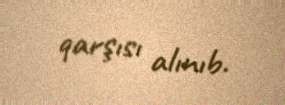
qarşısı alınıb.